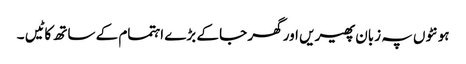
ہونٹوں پہ زبان پھیریں اور گھر جا کے بڑے اہتمام کے ساتھ کاٹیں ۔